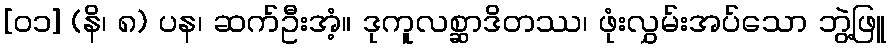
[၀၁] (နိ၊ ၈) ပန၊ ဆက်ဦးအံ့။ ဒုကူလစ္ဆာဒိတဿ၊ ဖုံးလွှမ်းအပ်သော ဘွဲ့ဖြူ